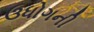
ઉધોગની